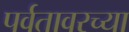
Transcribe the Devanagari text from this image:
पर्वतावरच्या